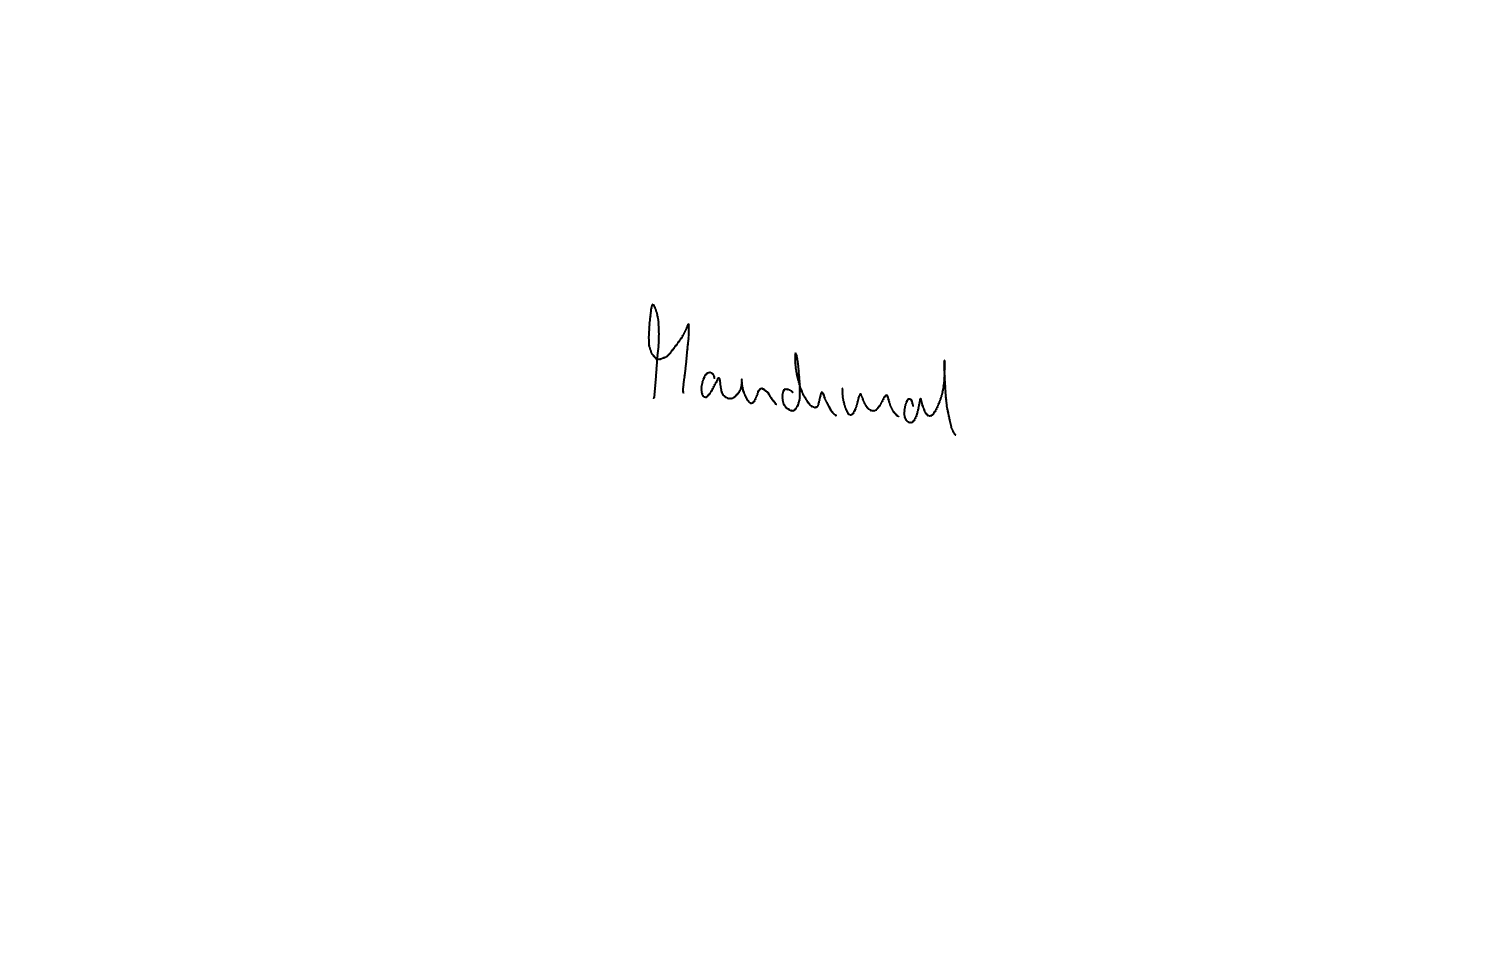
Text: Manchmal